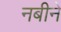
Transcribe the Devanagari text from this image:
नबीने